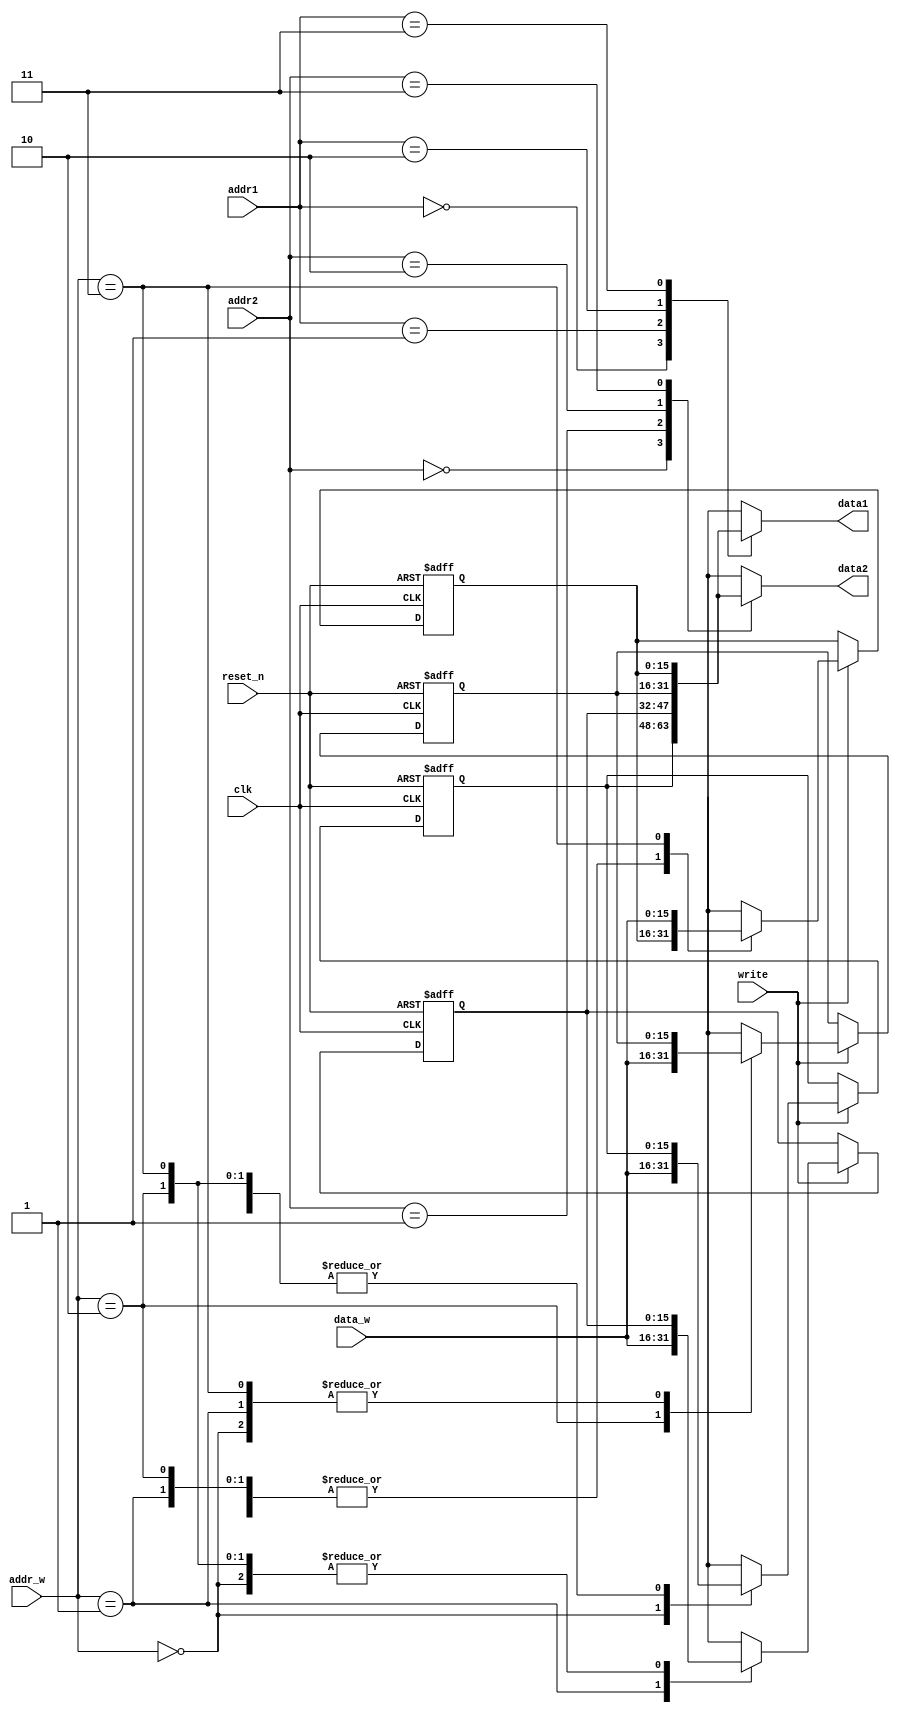
`define WORD_SIZE 16    // data and address word size
module RF(
    input write, // write enable signal
    input clk, // clock signal
    input reset_n, // low-active reset signal
    input [1:0] addr1, // 1st read address
    input [1:0] addr2, // 2nd read address
    input [1:0] addr_w, // write address
    output [`WORD_SIZE-1:0] data1, // data from 1st read address
    output [`WORD_SIZE-1:0] data2, // data from 2nd read address
    input [`WORD_SIZE-1:0] data_w // data to write in RF
    );
	// Register array for storing data
	reg [`WORD_SIZE-1:0] RF [3:0]; 

	// Reading process
	assign data1 = RF[addr1];
	assign data2 = RF[addr2];

	// Writing process 
	always @(posedge clk, negedge reset_n) begin
		// If reset_n is low, all of RF vectors set to 0
		if (!reset_n) begin
			{RF[3], RF[2], RF[1], RF[0]} = {4{16'd0}};
		end
		else begin
			// Only when clk is positive edge and write is high, we can write data3 to RF according to addr3
			if (write) begin
				RF[addr_w] = data_w;
			end
		end
	end
endmodule